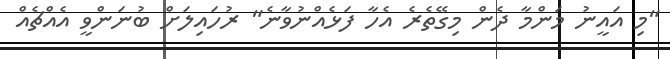
"މި އައީނު މަންމާ ދެން މިގޭތެރެ އެހާ ފަޅެއްނުވާނެ" ރުހައިލަށް ބުނަންވީ އެއްޗެއް